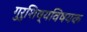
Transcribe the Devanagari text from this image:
गुरुशिष्यविषयक